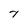
Character: 7